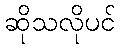
ဆိုသလိုပင်